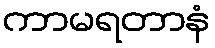
ကာမရတာနံ